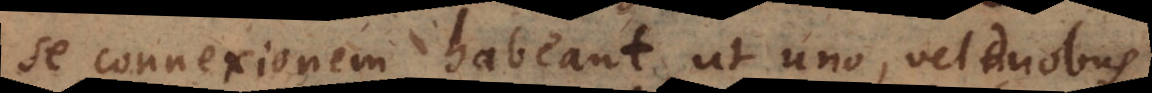
se connexionem habeant, ut uno, vel duobus